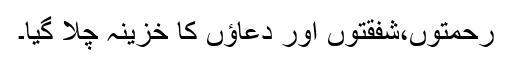
رحمتوں،شفقتوں اور دعاؤں کا خزینہ چلا گیا۔